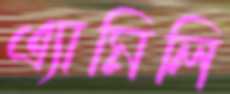
এ্যামিলি